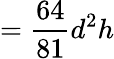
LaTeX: ={\frac{64}{81}}d^{2}h